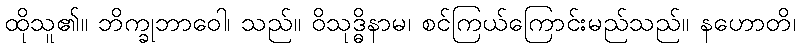
ထိုသူ၏။ ဘိက္ခုဘာဝေါ၊ သည်။ ဝိသုဒ္ဓိနာမ၊ စင်ကြယ်ကြောင်းမည်သည်။ နဟောတိ၊